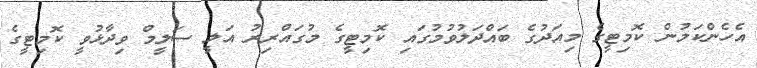
އެހެންކަމުން ކޮމިޓީގެ މިއަދުގެ ބައްދަލުވުމުގައި ކޮމިޓީގެ މުގައްރިރު އަލީ ސަލީމް ވިދާޅުވީ ކޮމިޓީގެ